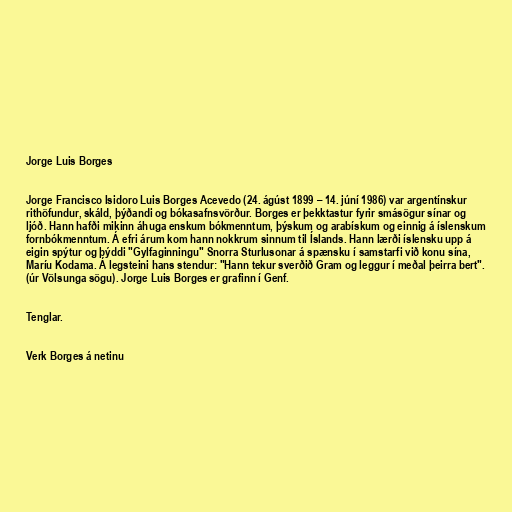
Jorge Luis Borges

Jorge Francisco Isidoro Luis Borges Acevedo (24. ágúst 1899 – 14. júní 1986) var argentínskur
rithöfundur, skáld, þýðandi og bókasafnsvörður. Borges er þekktastur fyrir smásögur sínar og
ljóð. Hann hafði mikinn áhuga enskum bókmenntum, þýskum og arabískum og einnig á íslenskum
fornbókmenntum. Á efri árum kom hann nokkrum sinnum til Íslands. Hann lærði íslensku upp á
eigin spýtur og þýddi "Gylfaginningu" Snorra Sturlusonar á spænsku í samstarfi við konu sína,
Maríu Kodama. Á legsteini hans stendur: "Hann tekur sverðið Gram og leggur í meðal þeirra bert".
(úr Völsunga sögu). Jorge Luis Borges er grafinn í Genf.

Tenglar.

Verk Borges á netinu